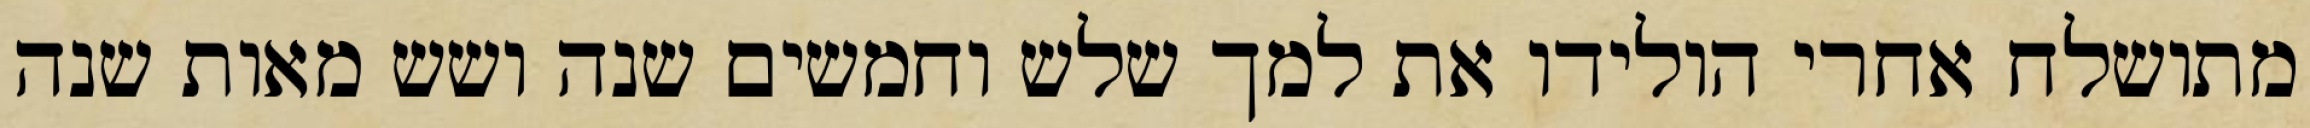
מתושלח אחרי הולידו את למך שלש וחמשים שנה ושש מאות שנה